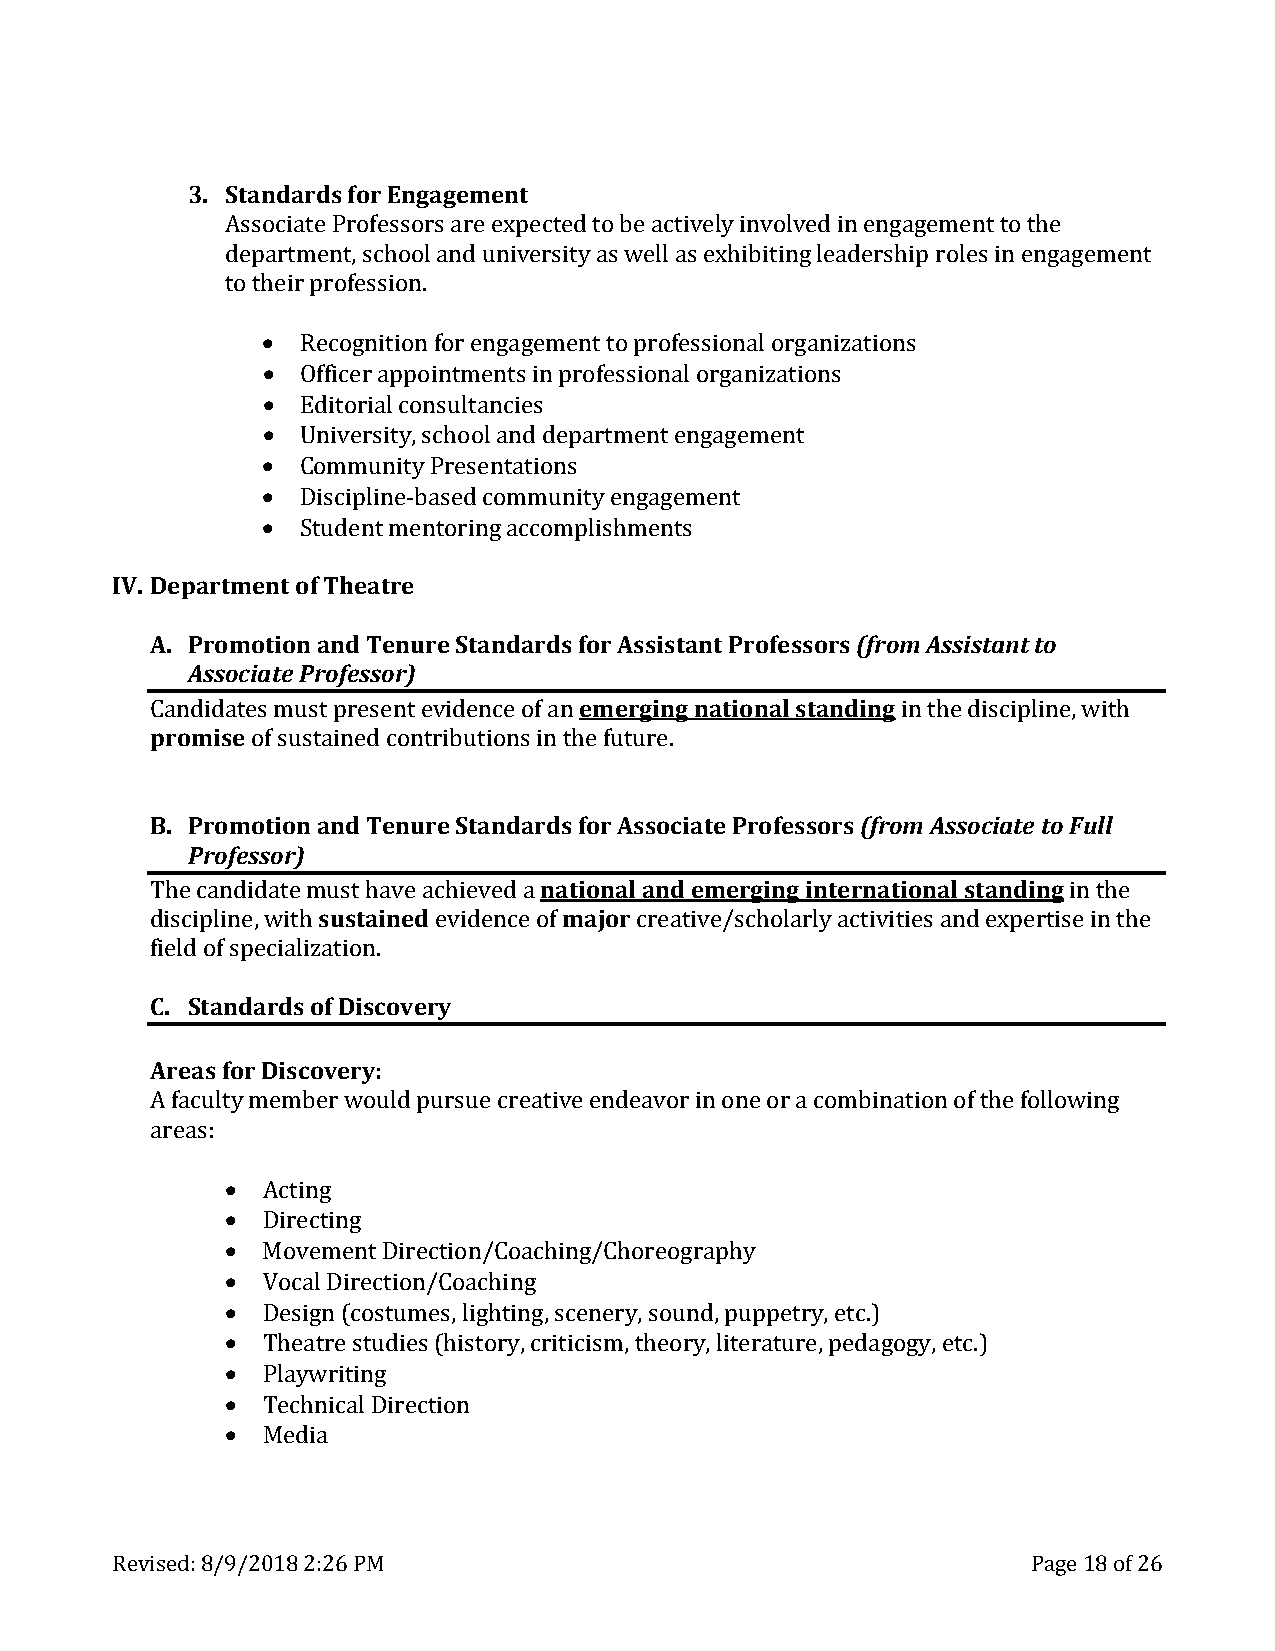
3. Standards for Engagement
 Associate Professors are expected to be actively involved in engagement to the
 department, school and university as well as exhibiting leadership roles in engagement
 to th• eir profession.
 •
 •  Recognition for engagement to professional organizations
 •  Officer appointments in professional organizations
 •  Editorial consultancies
 •  University, school and department engagement
 •  Community Presentations
 Discipline-based community engagement
 IV. Department oSft uTdheenatt mree ntoring accomplishments
 A. Promotion and Tenure Standards for Assistant Professors (from Assistant to
 Associate Professor)
 emerging national standing
 promise
 Candidates must present evidence of an            in the discipline, with
 of sustained contributions in the future.
 B. Promotion and Tenure Standards for Associate Professors (from Associate to Full
 Professor)
 national and emerging international standing
 sustained       major
 The candidate must have achieved a                           in the
 discipline, with   evidence of  creative/scholarly activities and expertise in the
 fCi.e ldS toafn sdpaecridasli ozaf tDioinsc. overy
 Areas for Discovery:
 A faculty member would pursue creative endeavor in one or a combination of the following
 areas: •
 •
 • Acting
 • Directing
 • Movement Direction/Coaching/Choreography
 • Vocal Direction/Coaching
 • Design (costumes, lighting, scenery, sound, puppetry, etc.)
 • Theatre studies (history, criticism, theory, literature, pedagogy, etc.)
 • Playwriting
 Technical Direction
 Media
 Revised: 8/9/2018 2:26 PM                                    Page 18 of 26